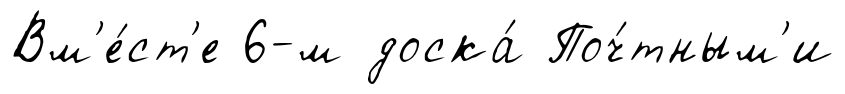
Вм'е́ст'е 6-м доска́ Поч́тным'и